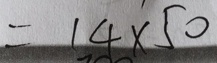
= 1 4 \times 5 0